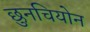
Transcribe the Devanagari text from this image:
छुनचियोन